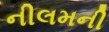
નીલમની